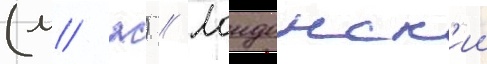
(м/ ж) // Лондонск'ии